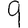
Digit: 9